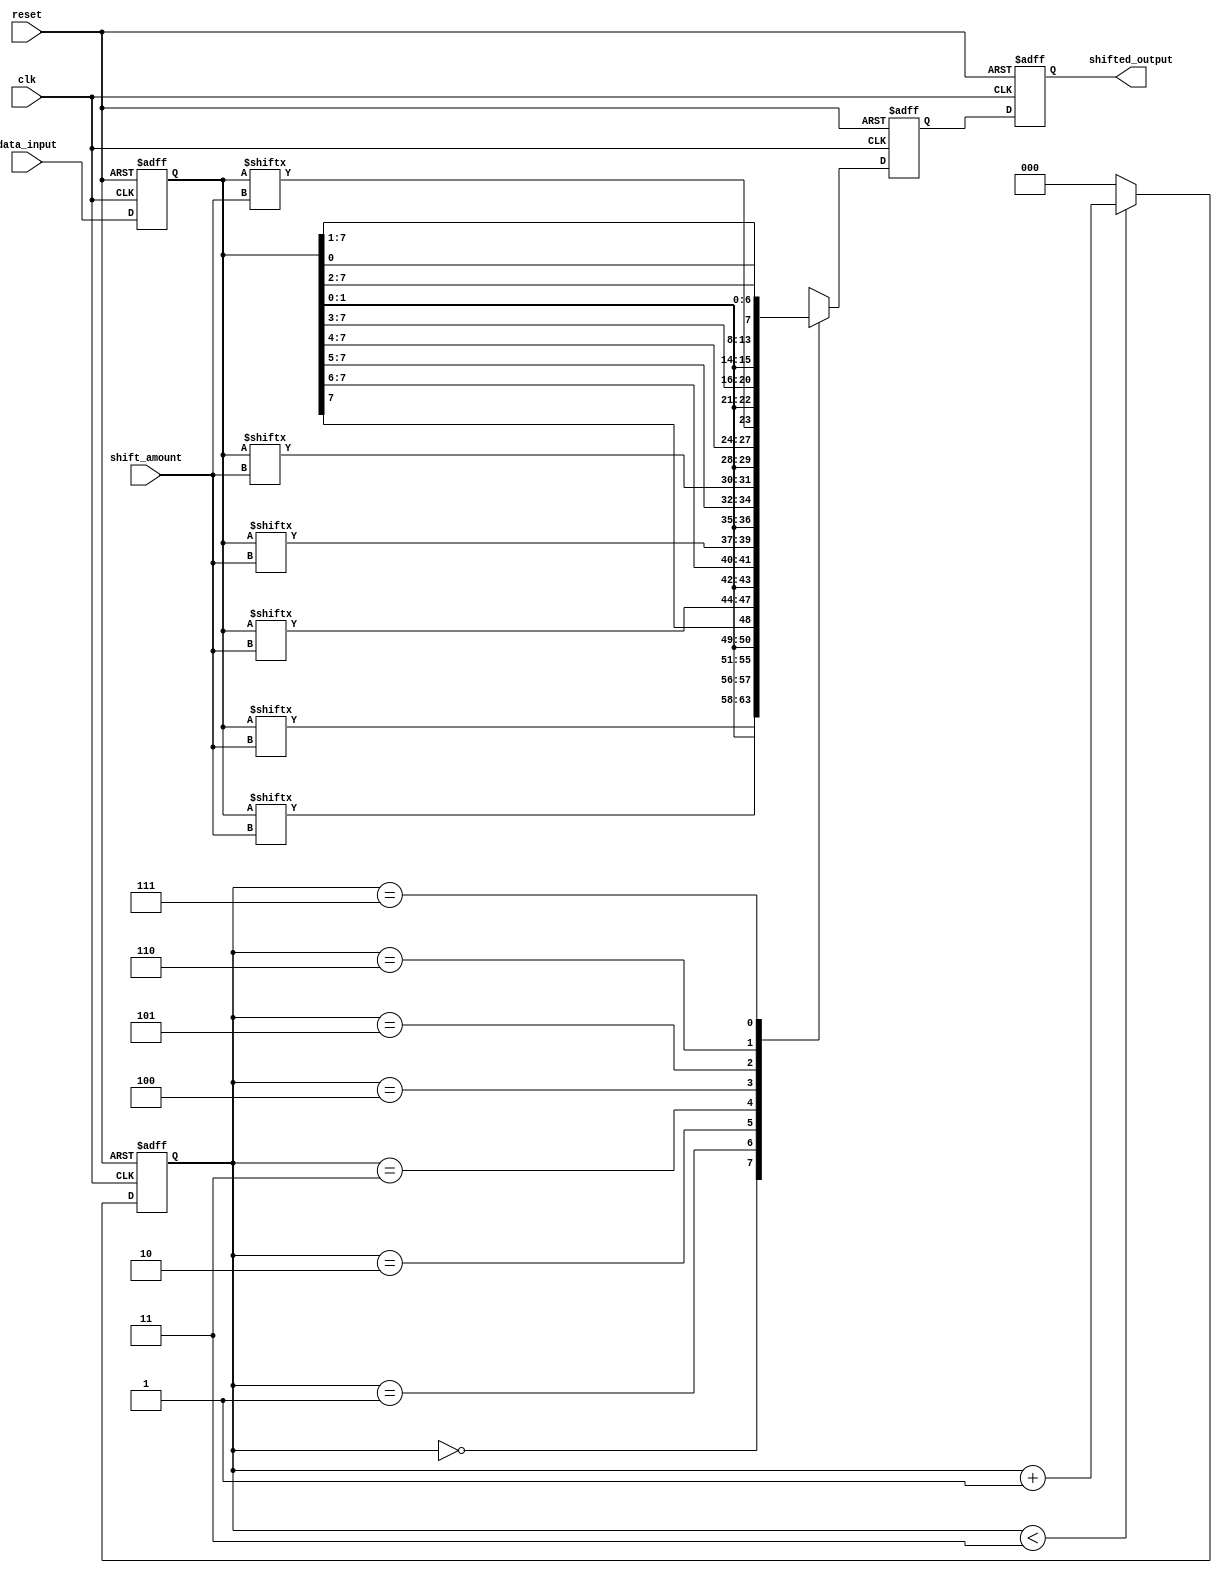
module Barrel_Shifter(
  input wire clk,
  input wire reset,
  input wire [3:0] shift_amount,
  input wire [7:0] data_input,
  output reg [7:0] shifted_output
);

reg [7:0] data;
reg [2:0] stage;
reg [7:0] temp_output;

always @(posedge clk or posedge reset) begin
  if (reset) begin
    data <= 8'b0;
    stage <= 3'b0;
    shifted_output <= 8'b0;
    temp_output <= 8'b0;
  end else begin
    data <= data_input;
    case (stage)
      3'b000: temp_output <= {data[7:shift_amount], data[shift_amount-1:0]};
      3'b001: temp_output <= {data[6:shift_amount], data[shift_amount-1:0], data[7]};
      3'b010: temp_output <= {data[5:shift_amount], data[shift_amount-1:0], data[7:6]};
      3'b011: temp_output <= {data[4:shift_amount], data[shift_amount-1:0], data[7:5]};
      3'b100: temp_output <= {data[3:shift_amount], data[shift_amount-1:0], data[7:4]};
      3'b101: temp_output <= {data[2:shift_amount], data[shift_amount-1:0], data[7:3]};
      3'b110: temp_output <= {data[1:shift_amount], data[shift_amount-1:0], data[7:2]};
      3'b111: temp_output <= {data[0:shift_amount], data[shift_amount-1:0], data[7:1]};
    endcase
    
    if (stage < 3) begin
      stage <= stage + 1;
    end else begin
      stage <= 3'b0;
    end
    
    shifted_output <= temp_output;
  end
end

endmodule